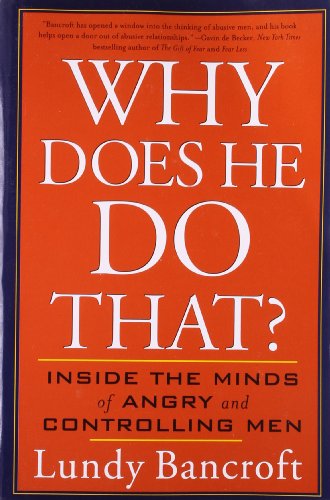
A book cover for Why Does He Do That?: Inside the Minds of Angry and Controlling Men; Lundy Bancroft; Parenting & Relationships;